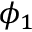
\phi _ { 1 }